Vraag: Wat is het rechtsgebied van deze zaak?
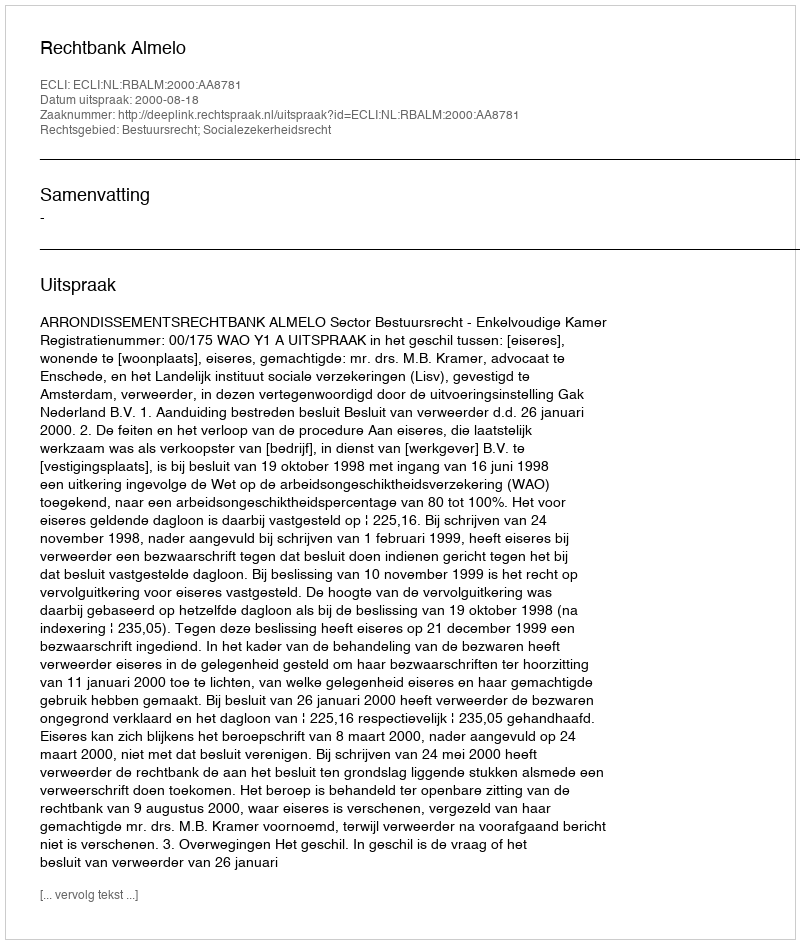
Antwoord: Bestuursrecht; Socialezekerheidsrecht